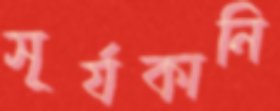
সূর্যকানি